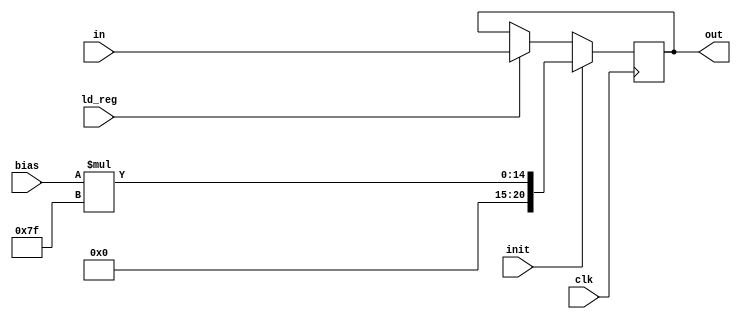
`timescale 1ns / 1ps
//////////////////////////////////////////////////////////////////////////////////
// Company: 
// Engineer: 
// 
// Design Name: 
// Module Name:    Reg15 
// Project Name: 
// Target Devices: 
// Tool versions: 
// Description: 
//
// Dependencies: 
//
// Revision: 
// Revision 0.01 - File Created
// Additional Comments: 
//
//////////////////////////////////////////////////////////////////////////////////
module Reg15(
	input[7:0] bias,
	input ld_reg,
    input[20:0] in,
    input clk,
    input init,
    output reg[20:0] out
    );
	 
	reg [15:0] bias_mult_127;
	always@(posedge clk)begin
		if (init)begin
			bias_mult_127 = bias * 127;
			if(bias_mult_127[15] == 1'b0)begin
				out <= {5'b0,bias_mult_127};
			end
			
			else begin
				out <= {5'b11111,bias_mult_127};
			end
			
		end
		
		else begin
			if(ld_reg)
				out <= in;
		end
		
	end
endmodule